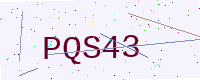
Text: PQS43